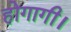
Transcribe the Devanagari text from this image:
होगागी।